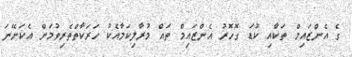
ގެ އެންޒައިމް ތަކާއި ކުޑަ ގޮހޮރު އެންޒައިމް ތައް މުރާލިކަމާއެކު ހަރަކާތްތެރިވުމަށް އެކަށޭނަ